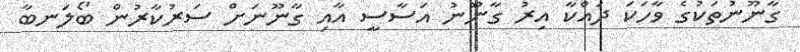
ގާނޫނުތަކުގެ ވާހަކަ ދައްކާ އިރު ގާނޫނު އަސާސީ އާއި ގާނޫނަށް ސަރުކާރުން ބޯލަނބާ